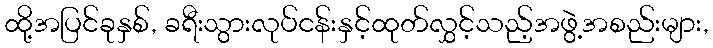
ထို့အပြင်ခုနှစ်, ခရီးသွားလုပ်ငန်းနှင့်ထုတ်လွှင့်သည့်အဖွဲ့အစည်းများ,